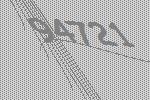
94721